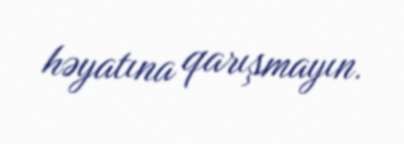
həyatına qarışmayın.